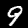
Digit: 9